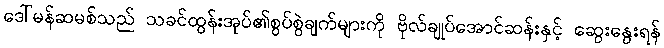
ဒေါ်မန်ဆမစ်သည် သခင်ထွန်းအုပ်၏စွပ်စွဲချက်များကို ဗိုလ်ချုပ်အောင်ဆန်းနှင့် ဆွေးနွေးရန်